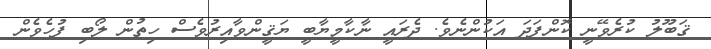
ޤަބޫލު ކުރެވޭނީ ކޮންފަދަ އަކުންނެވެ. ދެރައީ ނާކާމީޔާބީ ޔަޤީންވާއިރުވެސް ހިތުން ލޯބި ފުހެވެން